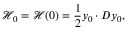
\mathcal { H } _ { 0 } = \mathcal { H } ( 0 ) = \frac { 1 } { 2 } \boldsymbol { y } _ { 0 } \cdot \boldsymbol { D } \boldsymbol { y } _ { 0 } ,